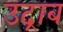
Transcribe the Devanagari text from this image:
उद्राब